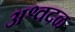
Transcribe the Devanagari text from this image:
अश्वदळ